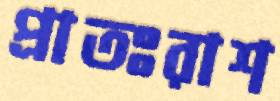
প্রাতঃরাশ